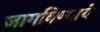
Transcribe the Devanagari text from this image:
जागविण्याचे